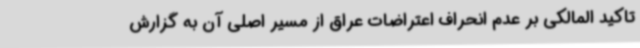
تاکید المالکی بر عدم انحراف اعتراضات عراق از مسیر اصلی آن به گزارش